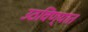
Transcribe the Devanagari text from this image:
उठविण्यात